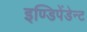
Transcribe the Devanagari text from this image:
इण्डिपेंडेन्ट